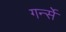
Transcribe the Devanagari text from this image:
गर्न्से